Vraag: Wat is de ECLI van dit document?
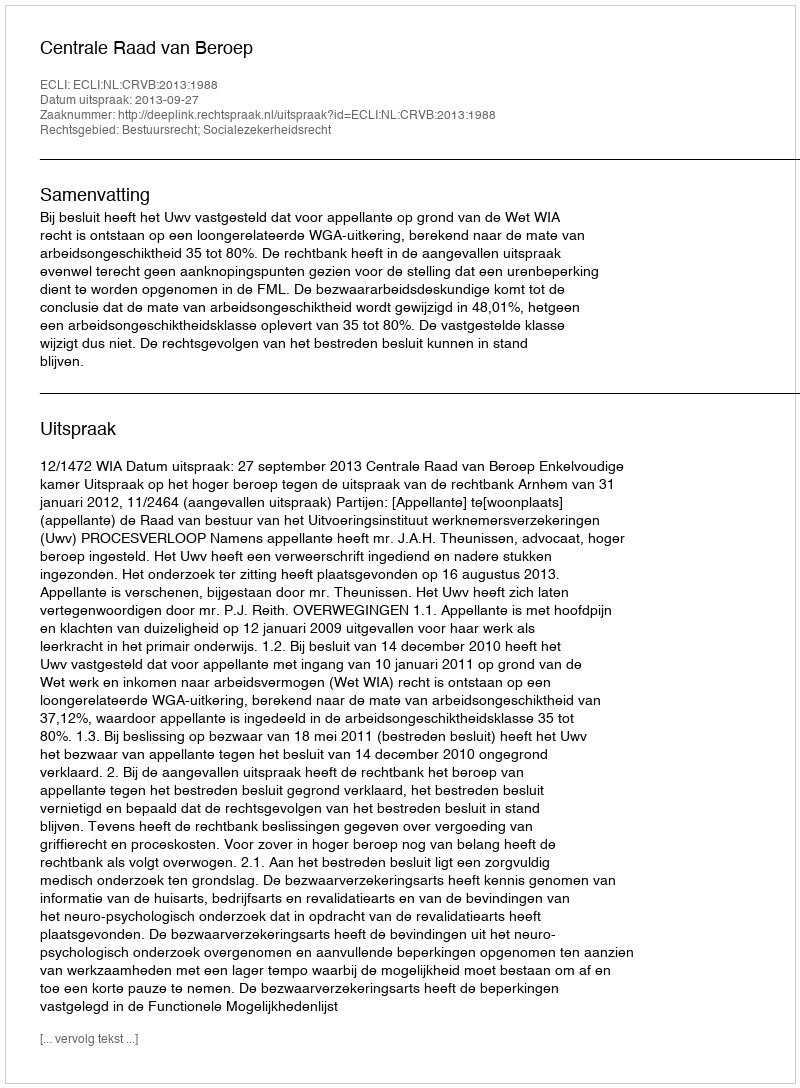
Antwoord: ECLI:NL:CRVB:2013:1988